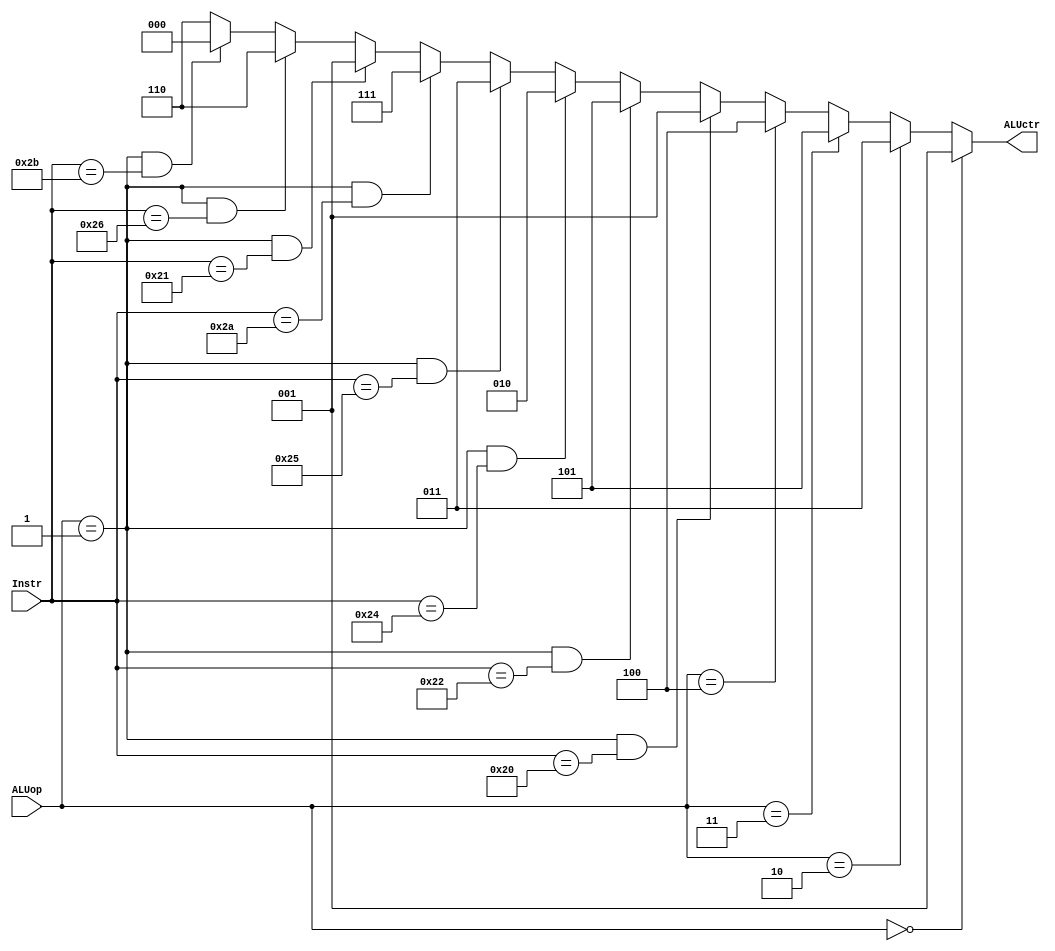
`timescale 1ns / 1ps
//////////////////////////////////////////////////////////////////////////////////
// Company: 
// Engineer: 
// 
// Design Name: 
// Module Name: ALU_Control
// Project Name: 
// Target Devices: 
// Tool Versions: 
// Description: 
// 
// Dependencies: 
// 
// Revision:
// Revision 0.01 - File Created
// Additional Comments:
// 
//////////////////////////////////////////////////////////////////////////////////


module ALU_Control(
    input   [2:0]ALUop,
    input   [5:0]Instr,
    output  [2:0]ALUctr
    );

    assign ALUctr = (ALUop == 3'b000) ? 3'b001 : 
                    (ALUop == 3'b010) ? 3'b011 : 
                    (ALUop == 3'b011) ? 3'b101 : 
                    (ALUop == 3'b100) ? 3'b100 : 
            (ALUop == 3'b001 && Instr == 6'b100000) ? 3'b001 :
            (ALUop == 3'b001 && Instr == 6'b100010) ? 3'b101 :
            (ALUop == 3'b001 && Instr == 6'b100100) ? 3'b010 : 
            (ALUop == 3'b001 && Instr == 6'b100101) ? 3'b011 : 
            (ALUop == 3'b001 && Instr == 6'b101010) ? 3'b111 :
            (ALUop == 3'b001 && Instr == 6'b100001) ? 3'b001 :
            (ALUop == 3'b001 && Instr == 6'b100110) ? 3'b110 :
            (ALUop == 3'b001 && Instr == 6'b101011) ? 3'b000 : 3'b110;
/*
111 slt
000 sltu
*/
endmodule